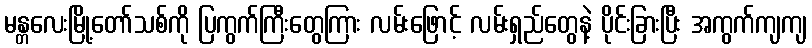
မန္တလေးမြို့တော်သစ်ကို ပြကွက်ကြီးတွေကြား လမ်းဖြောင့် လမ်းရှည်တွေနဲ့ ပိုင်းခြားပြီး အကွက်ကျကျ